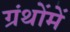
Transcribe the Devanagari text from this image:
ग्रंथोंमें